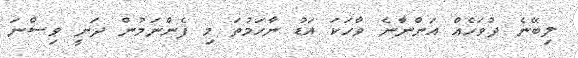
ލިބޭނެ ދުވަހެއް އަންނާނެ ވާހަކަ އަޑު ނާހަމުތަ މި ފެންނަމުން ދަނީ ވިސްނަ